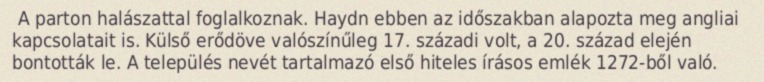
A parton halászattal foglalkoznak. Haydn ebben az időszakban alapozta meg angliai kapcsolatait is. Külső erődöve valószínűleg 17. századi volt, a 20. század elején bontották le. A település nevét tartalmazó első hiteles írásos emlék 1272-ből való.